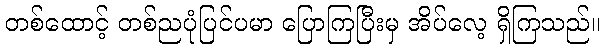
တစ်ထောင့် တစ်ညပုံပြင်ပမာ ပြောကြပြီးမှ အိပ်လေ့ ရှိကြသည်။